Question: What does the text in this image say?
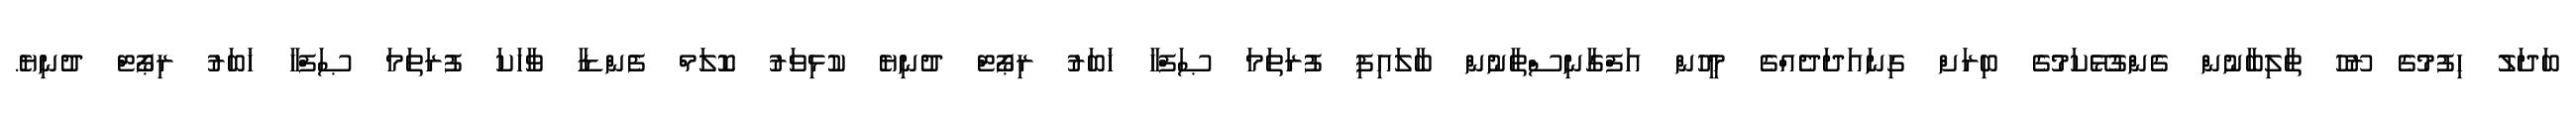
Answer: ބަދަލު ހިފުމުގެ ރޫހު ތާލިބާނުން ގެންގުޅޭކަމުގެ ބިރަށް ގިނައަދަދެއްގެ މީހުން އަފްގާނިސްތާނުން ބާލައިފި ފުރަތަމަ ޞަފްހާ ޚަބަރު ރިޕޯޓް ދުނިޔެ ކުޅިވަރު ކޮލަމް ފެންޑާ ވާހަކަ ފުރަތަމަ ޞަފްހާ ޚަބަރު ރިޕޯޓް ދުނިޔެ.